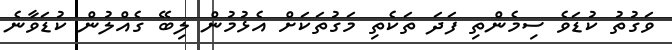
ވަގުތު ކުޑަވެ ސިމެންތި ފަދަ ތަކެތި މަގުތަކަށް އެޅުމުން ލިބޭ ގެއްލުން ކުޑަވާނެ